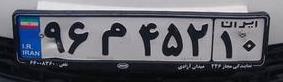
۹۶م۴۵۲۱۰